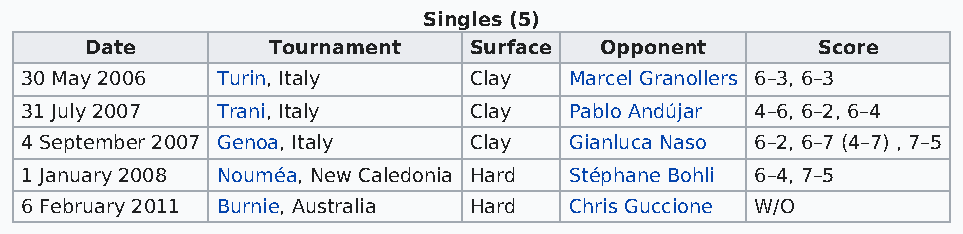
Singles (5)
 Date        Tournament   Surface  Opponent      Score
 30 May 2006  Turin, Italy     Clay   Marcel Granollers 6–3, 6–3
 31 July 2007 Trani, Italy     Clay   Pablo Andújar 4–6, 6–2, 6–4
 4 September 2007 Genoa, Italy Clay   Gianluca Naso 6–2, 6–7 (4–7) , 7–5
 1 January 2008 Nouméa, New Caledonia Hard Stéphane Bohli 6–4, 7–5
 6 February 2011 Burnie, Australia Hard Chris Guccione W/O